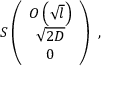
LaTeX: S \left( \begin{array} { c } { { { \cal { O } } \left( \sqrt { l } \right) } } \\ { { \sqrt { 2 D } } } \\ { { 0 } } \end{array} \right) ~ ,